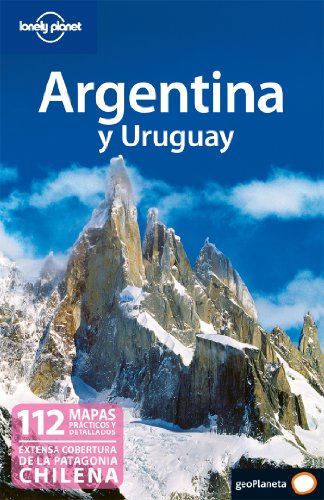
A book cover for Argentina y Uruguay (Spanish Language) (Spanish Edition); Sandra Bao; Travel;